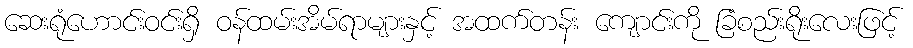
ဆေးရုံဟောင်းဝင်းရှိ ဝန်ထမ်းအိမ်ရာများနှင့် အထက်တန်း ကျောင်းကို ခြံစည်းရိုးလေးဖြင့်